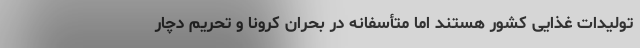
تولیدات غذایی کشور هستند اما متأسفانه در بحران کرونا و تحریم دچار